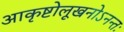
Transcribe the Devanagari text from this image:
आकृष्टोलूखनोऽनन्तः